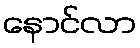
နောင်လာ